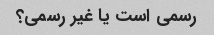
رسمی است یا غیر رسمی؟